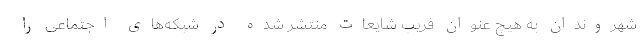
شهروندان به هیچ عنوان فریب شایعات منتشر شده در شبکه‌های اجتماعی را